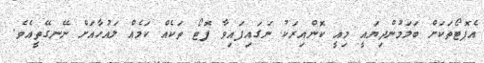
އެފޮޓޯތަކަށް ބަލަމުންދިޔައީ މިއީ ކޮންއިރަކު ނަގައިފައިވާ ފޮޓޯ ތަކެއް ކަމެއް ލައުހާއަށް ނޭނގޭތީއެވެ.